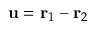
\ensuremath { \mathbf { u } } = \ensuremath { \mathbf { r } } _ { 1 } - \ensuremath { \mathbf { r } } _ { 2 }